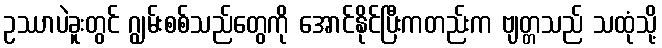
ဥဿာပဲခူးတွင် ဂျွမ်းစစ်သည်တွေကို အောင်နိုင်ပြီးကတည်းက ဗျတ္တသည် သထုံသို့